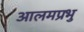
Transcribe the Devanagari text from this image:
आलमप्रभु